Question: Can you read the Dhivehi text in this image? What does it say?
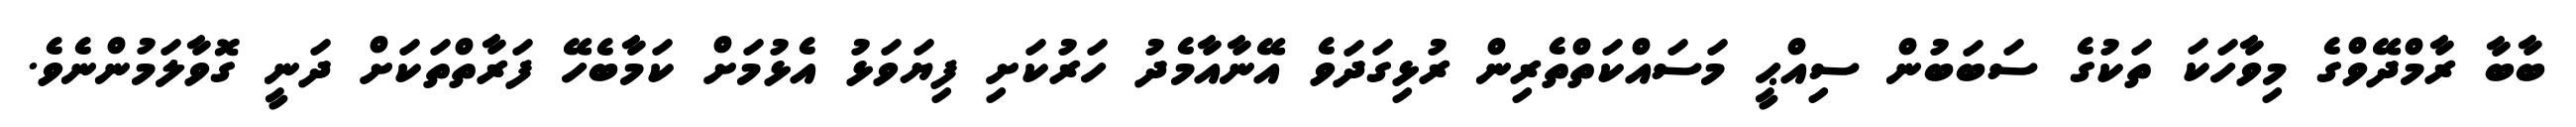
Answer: ބާބާ ރާމްދޭވްގެ މިވާހަކަ ތަކުގެ ސަބަބުން ސިއްޙީ މަސައްކަތްތެރިން ރުޅިގަދަވެ އޭނާއާމެދު ހަރުކަށި ފިޔަވަޅު އެޅުމަށް ކަމާބެހޭ ފަރާތްތަކަށް ދަނީ ގޮވާލަމުންނެވެ.